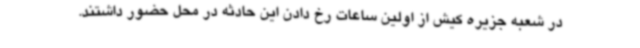
در شعبه جزیره کیش از اولین ساعات رخ دادن این حادثه در محل حضور داشتند.